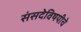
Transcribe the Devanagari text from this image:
संसदेविषयीचे